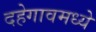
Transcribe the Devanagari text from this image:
दहेगावमध्ये